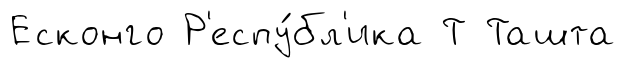
Есконго Р'еспу́бл'ика Т Ташта